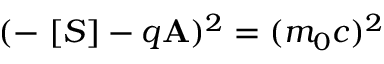
( - \mathbf { \partial } [ S ] - q \mathbf { A } ) ^ { 2 } = ( m _ { 0 } c ) ^ { 2 }